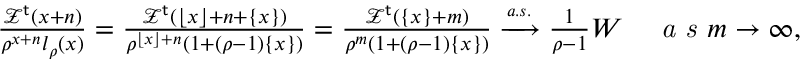
\begin{array} { r } { \frac { \mathcal { Z } ^ { \mathsf { t } } ( x + n ) } { \rho ^ { x + n } l _ { \rho } ( x ) } = \frac { \mathcal { Z } ^ { \mathsf { t } } ( \lfloor x \rfloor + n + \{ x \} ) } { \rho ^ { \lfloor x \rfloor + n } ( 1 + ( \rho - 1 ) \{ x \} ) } = \frac { \mathcal { Z } ^ { \mathsf { t } } ( \{ x \} + m ) } { \rho ^ { m } ( 1 + ( \rho - 1 ) \{ x \} ) } \xrightarrow { \scriptscriptstyle { a . s . } } \frac { 1 } { \rho - 1 } W \quad \textit { a s } m \to \infty , } \end{array}